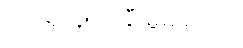
ဂုဏ်ရှိသူကို ချီးမွမ်းရကျိုး